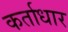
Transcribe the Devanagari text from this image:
कर्ताधार